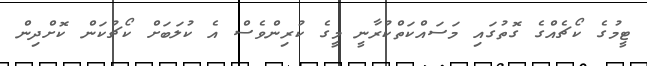
ޓީމުގެ ކޯޗެއްގެ ގޮތުގައި މަސައްކަތްކުރާނީ މީގެ ކުރިންވެސް އެ ކުލަބަށް ކޯޗުކަން ކޮށްދިން